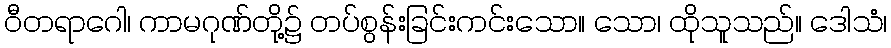
ဝီတရာဂေါ၊ ကာမဂုဏ်တို့၌ တပ်စွန်းခြင်းကင်းသော။ သော၊ ထိုသူသည်။ ဒေါသံ၊